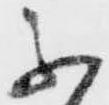
不